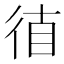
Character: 𰐮